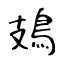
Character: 鳷